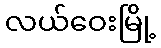
လယ်ဝေးမြို့